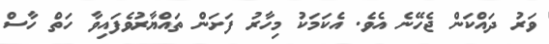
ވަރު ދައްކަން ޖެހޭނެ އެވެ. އެކަމަކު މިހާރު ފަށަން ތައްޔާރުވެފައިވާ ހަތް ހާސް